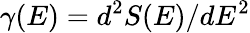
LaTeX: \gamma(E)=d^{2}S(E)/dE^{2}